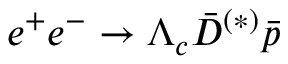
e ^ { + } e ^ { - } \to \Lambda _ { c } \bar { D } ^ { ( * ) } \bar { p }